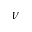
\nu